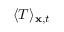
\langle T \rangle _ { \mathbf { x } , t }